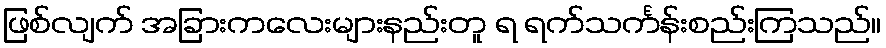
ဖြစ်လျက် အခြားကလေးများနည်းတူ ရ ရက်သင်္ကန်းစည်းကြသည်။